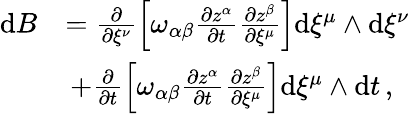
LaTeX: \begin{array}{rl}{\mathrm{d}B}&{=\frac{\partial}{\partial\xi^{\nu}}\left[\omega_{\alpha\beta}\frac{\partial z^{\alpha}}{\partial t}\frac{\partial z^{\beta}}{\partial\xi^{\mu}}\right]\mathrm{d}\xi^{\mu}\wedge\mathrm{d}\xi^{\nu}}\\ &{\, +\frac{\partial}{\partial t}\left[\omega_{\alpha\beta}\frac{\partial z^{\alpha}}{\partial t}\frac{\partial z^{\beta}}{\partial\xi^{\mu}}\right]\mathrm{d}\xi^{\mu}\wedge\mathrm{d}t\, ,}\end{array}